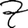
Digit: 7